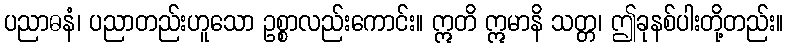
ပညာဓနံ၊ ပညာတည်းဟူသော ဥစ္စာလည်းကောင်း။ ဣတိ ဣမာနိ သတ္တ၊ ဤခုနစ်ပါးတို့တည်း။